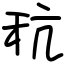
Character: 秔